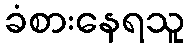
ခံစားနေရသူ